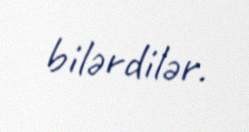
bilərdilər.